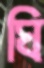
ঘি